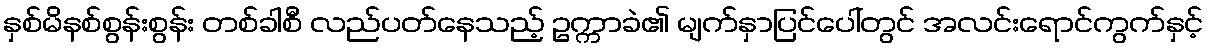
နှစ်မိနစ်စွန်းစွန်း တစ်ခါစီ လည်ပတ်နေသည့် ဥက္ကာခဲ၏ မျက်နှာပြင်ပေါ်တွင် အလင်းရောင်ကွက်နှင့်